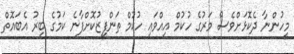
މީހުންނާ ދެކޮޅަށްވެސް މަރުގެ ހުކުމް އިއްވައި ހުކުމް ތަންފީޒުކޮށްފާނެ ކަމުގެ ބިރު އެބައޮތް